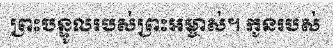
ព្រះបន្ទូលរបស់ព្រះអម្ចាស់។ កូនរបស់